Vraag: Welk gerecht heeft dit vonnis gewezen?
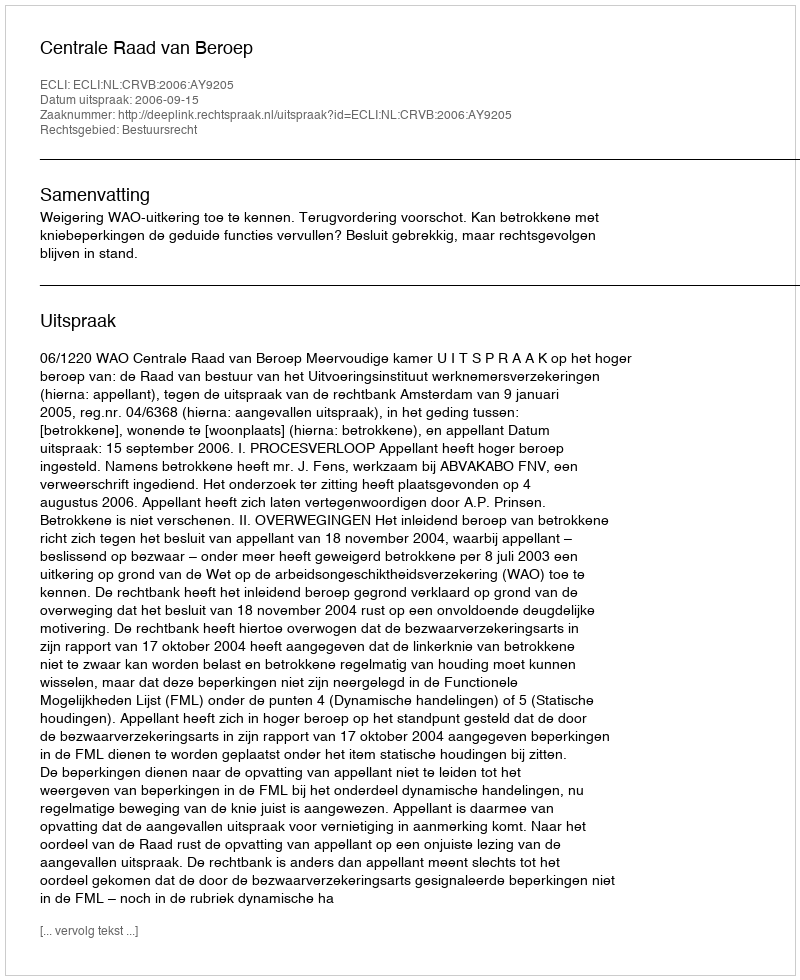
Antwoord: Centrale Raad van Beroep